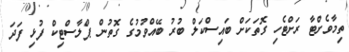
ތިމާވެށްޓާ ރަށްޓެހި ގޮތަކަށް ބައިސްކަލް ބުރު ބޭއްވުމުގެ ގޮތުން ޕްލާސްޓިކް ފުޅި ފަދަ